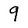
Character: 9